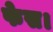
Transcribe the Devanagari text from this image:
फेस।